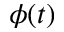
\phi ( t )